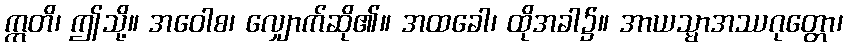
ဣတိ၊ ဤသို့။ အဝေါစ၊ လျှောက်ဆို၏။ အထခေါ၊ ထိုအခါ၌။ အာယသ္မာအဿဂုတ္တော၊